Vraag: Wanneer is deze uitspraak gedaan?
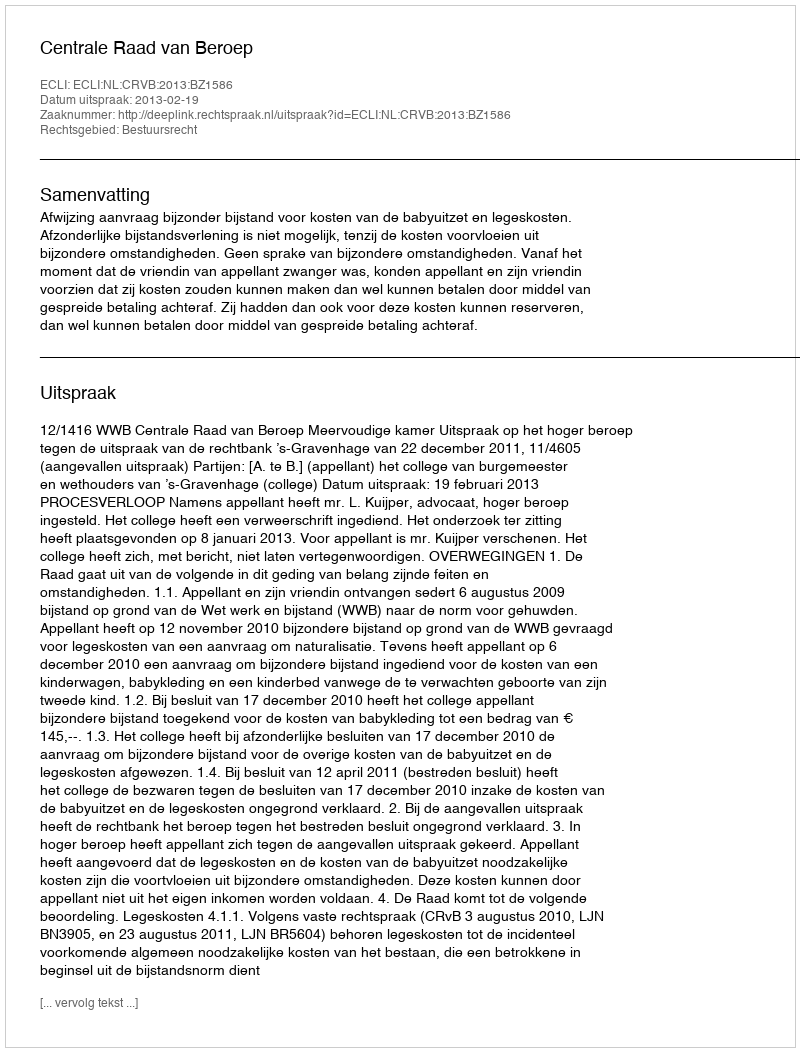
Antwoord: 2013-02-19